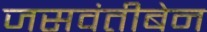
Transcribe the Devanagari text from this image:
जसवंतीबेन